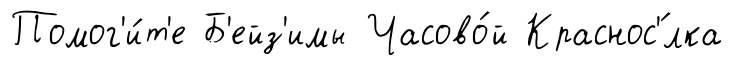
Помог'и́т'е Б'ейз'имы Часово́й Краснос'́лка